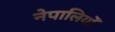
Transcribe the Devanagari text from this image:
नेपालियोँ